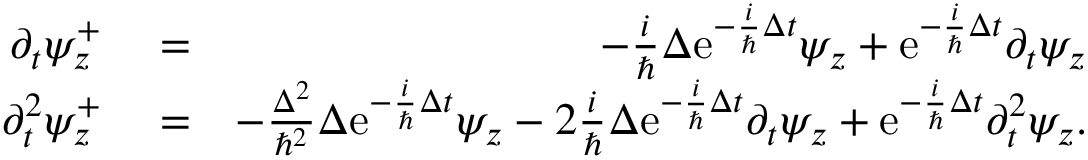
\begin{array} { r l r } { \partial _ { t } \psi _ { z } ^ { + } } & { { } = } & { - \frac { i } { \hbar } \Delta \mathrm { e } ^ { - \frac { i } { \hbar } \Delta t } \psi _ { z } + \mathrm { e } ^ { - \frac { i } { \hbar } \Delta t } \partial _ { t } \psi _ { z } } \\ { \partial _ { t } ^ { 2 } \psi _ { z } ^ { + } } & { { } = } & { - \frac { \Delta ^ { 2 } } { \hbar ^ { 2 } } \Delta \mathrm { e } ^ { - \frac { i } { \hbar } \Delta t } \psi _ { z } - 2 \frac { i } { \hbar } \Delta \mathrm { e } ^ { - \frac { i } { \hbar } \Delta t } \partial _ { t } \psi _ { z } + \mathrm { e } ^ { - \frac { i } { \hbar } \Delta t } \partial _ { t } ^ { 2 } \psi _ { z } . } \end{array}